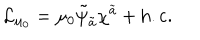
{ \cal L } _ { \mu _ { 0 } } = \mu _ { 0 } \tilde { \psi } _ { \tilde { a } } \chi ^ { \tilde { a } } + \mathrm { h . c . }